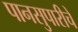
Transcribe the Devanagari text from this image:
पानसुपारीचे